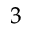
^ 3